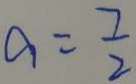
a = \frac { 7 } { 2 }